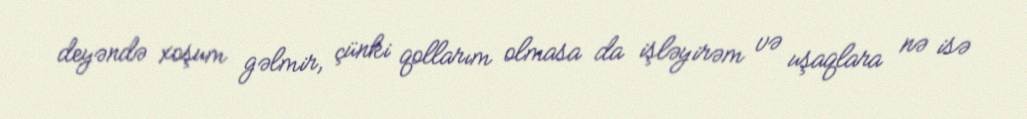
deyəndə xoşum gəlmir, çünki qollarım olmasa da işləyirəm və uşaqlara nə isə